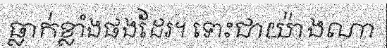
ធ្លាក់ខ្លាំងផងដែរ។ ទោះជាយ៉ាងណា